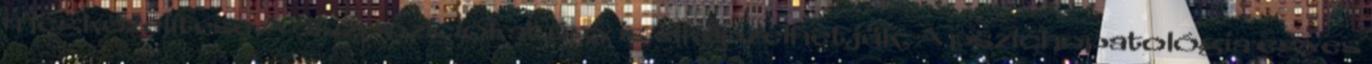
megközelítése A diszpozíciókat úgy is elképzelhetjük, A pszichopatológia egyes